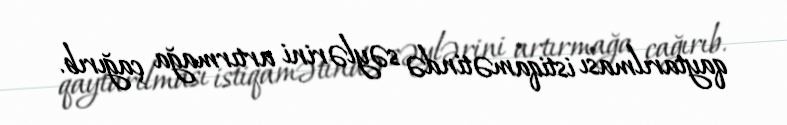
qaytarılması istiqamətində səylərini artırmağa çağırıb.